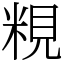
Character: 粯